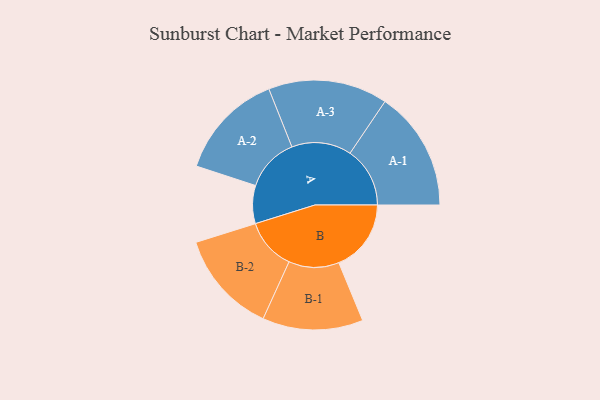
{"axis": {"x": "Segment", "y": "Value"}, "legend": ["", "A", "B"], "data": [{"x": "A", "y": 190, "type": ""}, {"x": "B", "y": 361, "type": ""}, {"x": "A-1", "y": 299, "type": "A"}, {"x": "A-2", "y": 268, "type": "A"}, {"x": "A-3", "y": 298, "type": "A"}, {"x": "B-1", "y": 251, "type": "B"}, {"x": "B-2", "y": 257, "type": "B"}]}